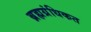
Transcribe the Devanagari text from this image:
ब्रह्मग्रंधिकत